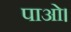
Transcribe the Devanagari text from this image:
पाओ।